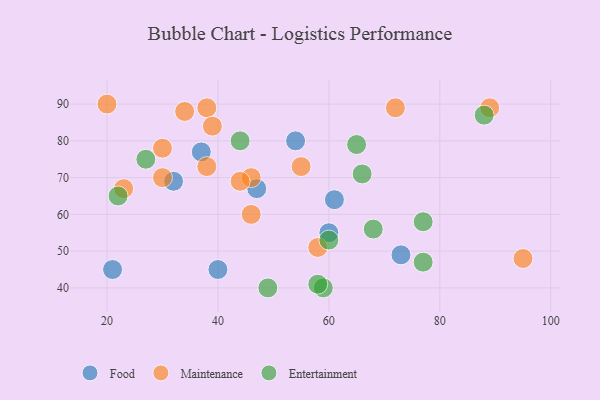
{"axis": {"x": "GDP", "y": "Life Expectancy"}, "legend": ["Entertainment", "Food", "Maintenance"], "data": [{"x": "73", "y": 49, "type": "Food"}, {"x": "40", "y": 45, "type": "Food"}, {"x": "61", "y": 64, "type": "Food"}, {"x": "21", "y": 45, "type": "Food"}, {"x": "60", "y": 55, "type": "Food"}, {"x": "32", "y": 69, "type": "Food"}, {"x": "47", "y": 67, "type": "Food"}, {"x": "54", "y": 80, "type": "Food"}, {"x": "37", "y": 77, "type": "Food"}, {"x": "38", "y": 73, "type": "Maintenance"}, {"x": "23", "y": 67, "type": "Maintenance"}, {"x": "38", "y": 89, "type": "Maintenance"}, {"x": "46", "y": 70, "type": "Maintenance"}, {"x": "55", "y": 73, "type": "Maintenance"}, {"x": "30", "y": 70, "type": "Maintenance"}, {"x": "89", "y": 89, "type": "Maintenance"}, {"x": "95", "y": 48, "type": "Maintenance"}, {"x": "46", "y": 60, "type": "Maintenance"}, {"x": "30", "y": 78, "type": "Maintenance"}, {"x": "20", "y": 90, "type": "Maintenance"}, {"x": "44", "y": 69, "type": "Maintenance"}, {"x": "72", "y": 89, "type": "Maintenance"}, {"x": "34", "y": 88, "type": "Maintenance"}, {"x": "58", "y": 51, "type": "Maintenance"}, {"x": "39", "y": 84, "type": "Maintenance"}, {"x": "77", "y": 47, "type": "Entertainment"}, {"x": "77", "y": 58, "type": "Entertainment"}, {"x": "49", "y": 40, "type": "Entertainment"}, {"x": "44", "y": 80, "type": "Entertainment"}, {"x": "68", "y": 56, "type": "Entertainment"}, {"x": "27", "y": 75, "type": "Entertainment"}, {"x": "65", "y": 79, "type": "Entertainment"}, {"x": "59", "y": 40, "type": "Entertainment"}, {"x": "88", "y": 87, "type": "Entertainment"}, {"x": "60", "y": 53, "type": "Entertainment"}, {"x": "58", "y": 41, "type": "Entertainment"}, {"x": "22", "y": 65, "type": "Entertainment"}, {"x": "66", "y": 71, "type": "Entertainment"}]}